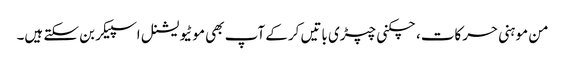
من موہنی حرکات، چکنی چپڑی باتیں کرکے آپ بھی موٹیویشنل اسپیکر بن سکتے ہیں۔